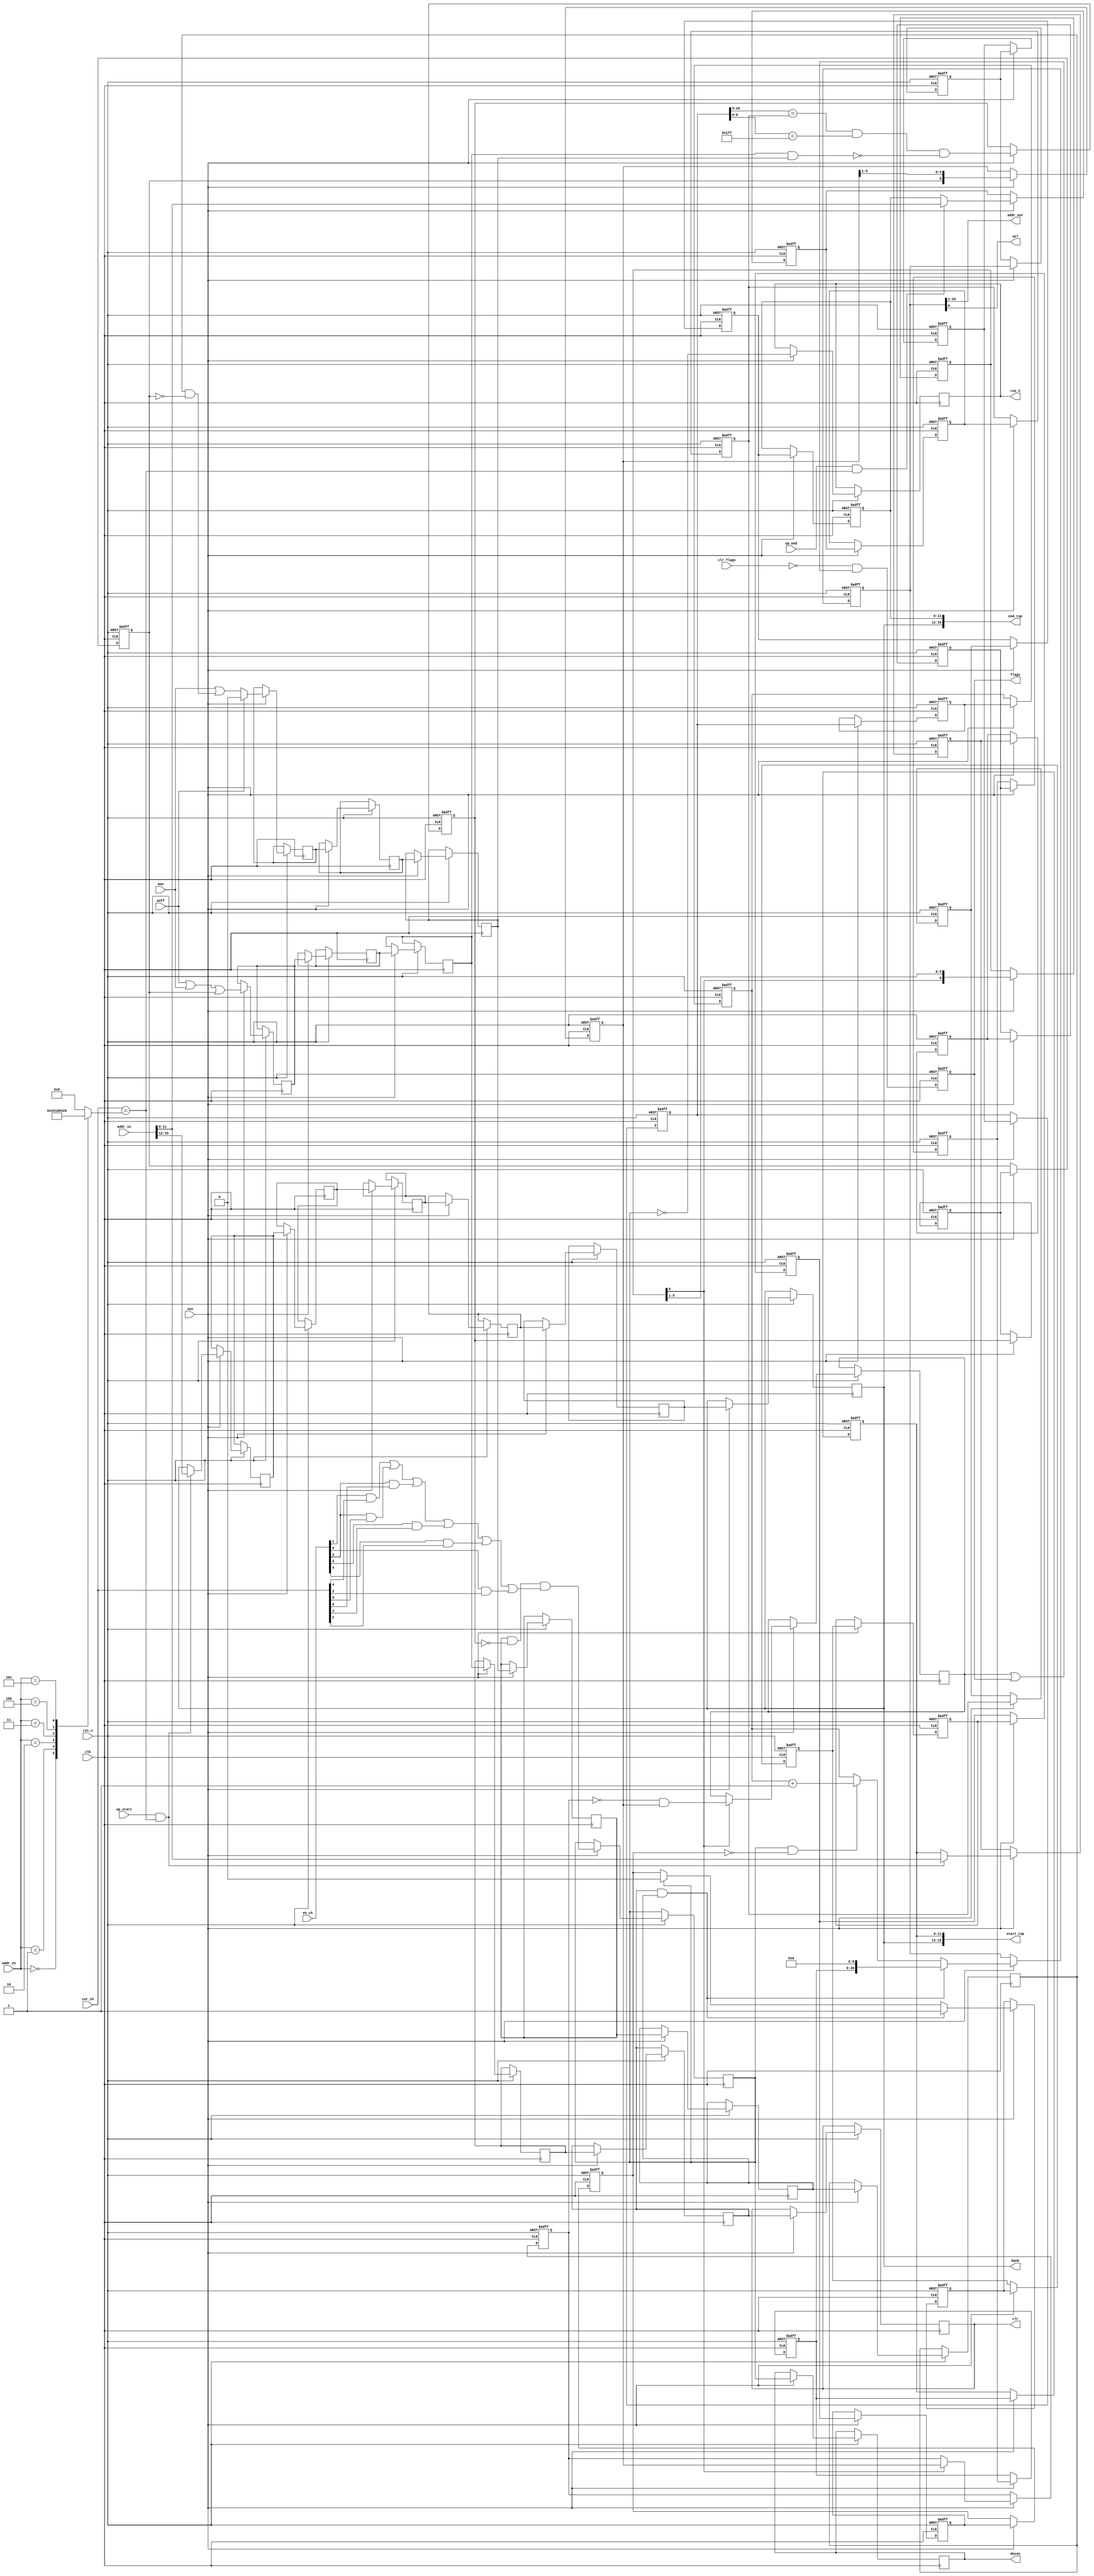
/* This file is part of JT12.

 
    JT12 program is free software: you can redistribute it and/or modify
    it under the terms of the GNU General Public License as published by
    the Free Software Foundation, either version 3 of the License, or
    (at your option) any later version.

    JT12 program is distributed in the hope that it will be useful,
    but WITHOUT ANY WARRANTY; without even the implied warranty of
    MERCHANTABILITY or FITNESS FOR A PARTICULAR PURPOSE.  See the
    GNU General Public License for more details.

    You should have received a copy of the GNU General Public License
    along with JT12.  If not, see <http://www.gnu.org/licenses/>.

    Author: Jose Tejada Gomez. Twitter: @topapate
    Version: 1.0
    Date: 21-03-2019
*/

module jt10_adpcm_cnt(
    input             rst_n,
    input             clk,        // CPU clock
    input             cen,        // 666 kHz
    // pipeline channel
    input      [ 5:0] cur_ch,
    input      [ 5:0] en_ch,
    // Address writes from CPU
    input      [15:0] addr_in,
    input      [ 2:0] addr_ch,
    input             up_start,
    input             up_end,
    // Counter control
    input             aon,
    input             aoff,
    // ROM driver
    output     [19:0] addr_out,
    output     [ 3:0] bank,
    output            sel,
    output            roe_n,
    output            decon,
    output            clr,      // inform the decoder that a new section begins
    // Flags
    output reg [ 5:0] flags,
    input      [ 5:0] clr_flags,
    //
    output [15:0] start_top,
    output [15:0]   end_top
);

reg [20:0] addr1, addr2, addr3, addr4, addr5, addr6;
reg [3:0] bank1, bank2, bank3, bank4, bank5, bank6;
reg [11:0] start1, start2, start3, start4, start5, start6,
           end1,   end2,   end3,   end4,   end5,   end6;
reg on1, on2, on3, on4, on5, on6;
reg done5, done6, done1;
reg [5:0] done_sr, zero;

reg roe_n1, decon1;

reg clr1, clr2, clr3, clr4, clr5, clr6;
reg skip1, skip2, skip3, skip4, skip5, skip6;

// All outputs from stage 1
assign addr_out = addr1[20:1];
assign sel      = addr1[0];
assign bank     = bank1;
assign roe_n    = roe_n1;
assign clr      = clr1;
assign decon    = decon1;

// Two cycles early:  0            0             1            1             2            2             3            3             4            4             5            5
wire active5 = (en_ch[1] && cur_ch[4]) || (en_ch[2] && cur_ch[5]) || (en_ch[2] && cur_ch[0]) || (en_ch[3] && cur_ch[1]) || (en_ch[4] && cur_ch[2]) || (en_ch[5] && cur_ch[3]);//{ cur_ch[3:0], cur_ch[5:4] } == en_ch;
wire sumup5  = on5 && !done5 && active5;
reg  sumup6;

reg [5:0] last_done, set_flags;

always @(posedge clk or negedge rst_n) 
    if( !rst_n ) begin
        zero      <= 6'd1;
        done_sr   <= ~6'd0;
        last_done <= ~6'd0;
    end else if(cen) begin
        zero    <= { zero[0], zero[5:1] };
        done_sr <= { done1, done_sr[5:1]};
        if( zero[0] ) begin
            last_done <= done_sr;
            set_flags <= ~last_done & done_sr;
        end
    end

always @(posedge clk or negedge rst_n) 
    if( !rst_n ) begin
        flags <= 6'd0;
    end else begin
        flags <= ~clr_flags & (set_flags | flags);
    end

`ifdef SIMULATION
wire [11:0] addr1_cmp = addr1[20:9];
`endif

assign start_top = {bank1, start1};
assign   end_top =   {bank1, end1};

reg [5:0] addr_ch_dec;

always @(*)
    case(addr_ch)
        3'd0: addr_ch_dec = 6'b000_001;
        3'd1: addr_ch_dec = 6'b000_010;
        3'd2: addr_ch_dec = 6'b000_100;
        3'd3: addr_ch_dec = 6'b001_000;
        3'd4: addr_ch_dec = 6'b010_000;
        3'd5: addr_ch_dec = 6'b100_000;
        default: addr_ch_dec = 6'd0;
    endcase // up_addr

wire up1 = cur_ch == addr_ch_dec;

always @(posedge clk or negedge rst_n) 
    if( !rst_n ) begin
        addr1  <= 'd0;    addr2 <= 'd0;    addr3 <= 'd0;
        addr4  <= 'd0;    addr5 <= 'd0;    addr6 <= 'd0;
        done1  <= 'd1;    done5 <= 'd1;    done6 <= 'd1;
        start1 <= 'd0;   start2 <= 'd0;   start3 <= 'd0;
        start4 <= 'd0;   start5 <= 'd0;   start6 <= 'd0;
        end1   <= 'd0;     end2 <= 'd0;     end3 <= 'd0;
        end4   <= 'd0;     end5 <= 'd0;     end6 <= 'd0;
        skip1  <= 'd0;    skip2 <= 'd0;    skip3 <= 'd0;
        skip4  <= 'd0;    skip5 <= 'd0;    skip6 <= 'd0;
    end else if( cen ) begin
        addr2  <= addr1;
        on2    <= aoff ? 1'b0 : (aon | (on1 && ~done1));
        clr2   <= aoff || aon || done1; // Each time a A-ON is sent the address counter restarts
        start2 <=  (up_start && up1) ? addr_in[11:0] : start1;
        end2   <=  (up_end   && up1) ? addr_in[11:0] : end1;
        bank2  <=  (up_start && up1) ? addr_in[15:12] : bank1;
        skip2  <= skip1;

        addr3  <= addr2; // clr2 ? {start2,9'd0} : addr2;
        on3    <= on2;
        clr3   <= clr2;
        start3 <= start2;
        end3   <= end2;
        bank3  <= bank2;
        skip3  <= skip2;

        addr4  <= addr3;
        on4    <= on3;
        clr4   <= clr3;
        start4 <= start3;
        end4   <= end3;
        bank4  <= bank3;
        skip4  <= skip3;

        addr5  <= addr4;
        on5    <= on4;
        clr5   <= clr4;
        done5  <= addr4[20:9] == end4 && addr4[8:0]==~9'b0 && ~(clr4 && on4);
        start5 <= start4;
        end5   <= end4;
        bank5  <= bank4;
        skip5  <= skip4;
        // V
        addr6  <= addr5;
        on6    <= on5;
        clr6   <= clr5;
        done6  <= done5;
        start6 <= start5;
        end6   <= end5;
        bank6  <= bank5;
        sumup6 <= sumup5;
        skip6  <= skip5;

        addr1  <= (clr6 && on6) ? {start6,9'd0} : (sumup6 && ~skip6 ? addr6+21'd1 :addr6);
        on1    <= on6;
        done1  <= done6;
        start1 <= start6;
        end1   <= end6;
        roe_n1 <= ~sumup6;
        decon1 <= sumup6;
        bank1  <= bank6;
        clr1   <= clr6;
        skip1  <= (clr6 && on6) ? 1'b1 : sumup6 ? 1'b0 : skip6;
    end

endmodule // jt10_adpcm_cnt